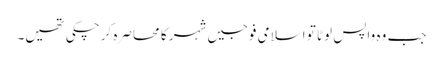
جب وہ واپس لوٹا تو اسلامی فوجیں شہر کا محاصرہ کر چکی تھیں۔